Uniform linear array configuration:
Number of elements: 4
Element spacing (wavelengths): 0.25
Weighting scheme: uniform
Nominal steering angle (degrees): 15
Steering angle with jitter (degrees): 16.541
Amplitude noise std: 0.05
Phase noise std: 0.05

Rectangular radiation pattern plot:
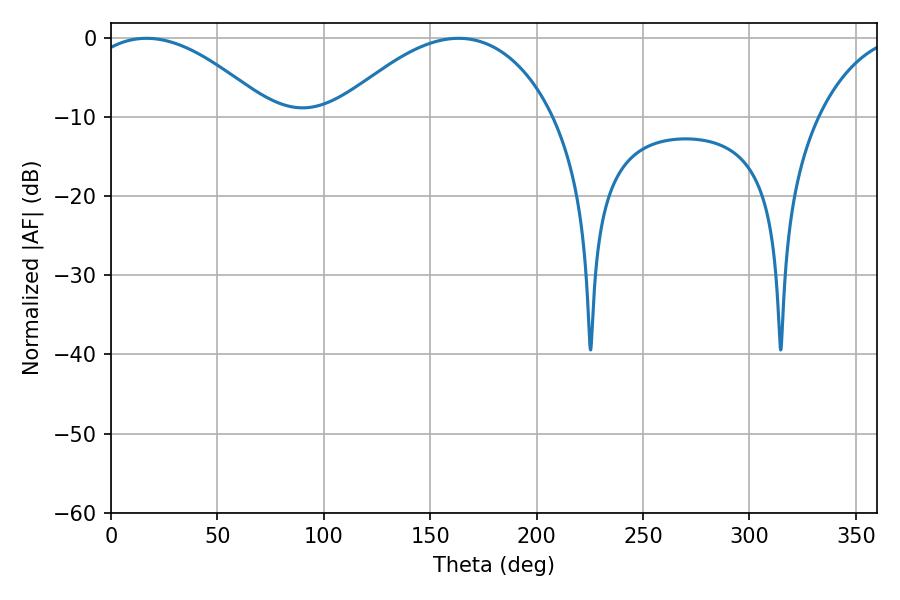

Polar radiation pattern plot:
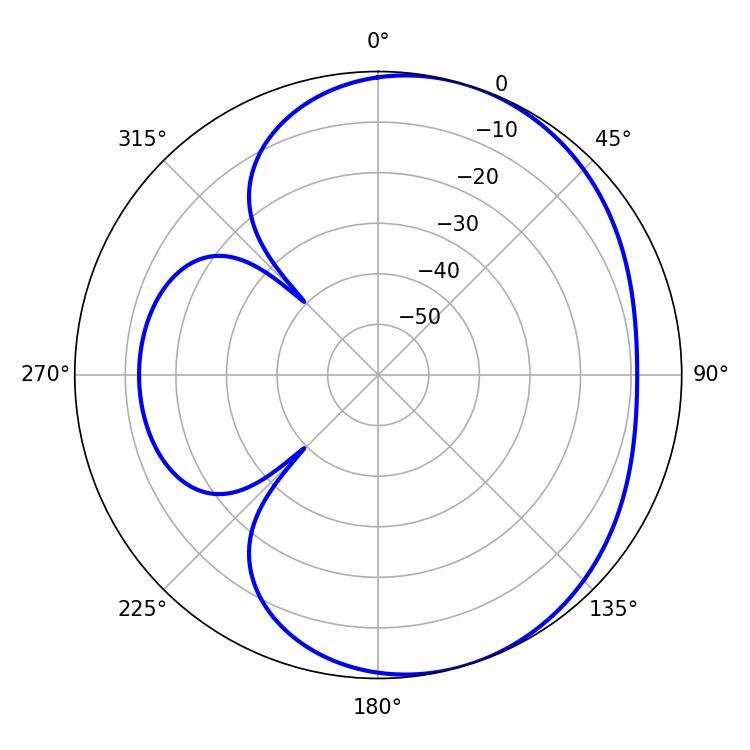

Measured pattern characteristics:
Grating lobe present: FALSE
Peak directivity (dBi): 4.497
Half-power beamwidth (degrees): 47.7
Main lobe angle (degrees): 16.74